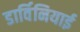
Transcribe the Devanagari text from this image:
डार्विनियाई